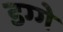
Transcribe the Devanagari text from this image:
डग्गे